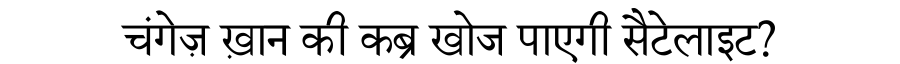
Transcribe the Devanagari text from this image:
चंगेज़ ख़ान की कब्र खोज पाएगी सैटेलाइट?